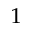
^ 1